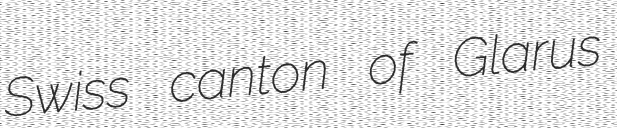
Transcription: Swiss canton of Glarus